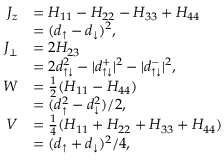
\begin{array} { r l } { J _ { z } } & { = H _ { 1 1 } - H _ { 2 2 } - H _ { 3 3 } + H _ { 4 4 } } \\ & { = ( d _ { \uparrow } - d _ { \downarrow } ) ^ { 2 } , } \\ { J _ { \perp } } & { = 2 H _ { 2 3 } } \\ & { = 2 d _ { \uparrow \downarrow } ^ { 2 } - | d _ { \uparrow \downarrow } ^ { + } | ^ { 2 } - | d _ { \uparrow \downarrow } ^ { - } | ^ { 2 } , } \\ { W } & { = \frac { 1 } { 2 } ( H _ { 1 1 } - H _ { 4 4 } ) } \\ & { = ( d _ { \uparrow } ^ { 2 } - d _ { \downarrow } ^ { 2 } ) / 2 , } \\ { V } & { = \frac { 1 } { 4 } ( H _ { 1 1 } + H _ { 2 2 } + H _ { 3 3 } + H _ { 4 4 } ) } \\ & { = ( d _ { \uparrow } + d _ { \downarrow } ) ^ { 2 } / 4 , } \end{array}